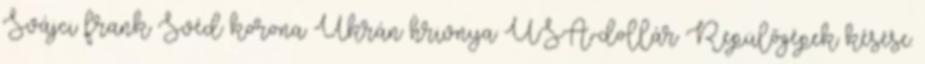
Svájci frank Svéd korona Ukrán hrivnya USA-dollár Repülőgépek késése: